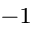
^ { - 1 }